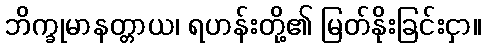
ဘိက္ခုမာနတ္တာယ၊ ရဟန်းတို့၏ မြတ်နိုးခြင်းငှာ။